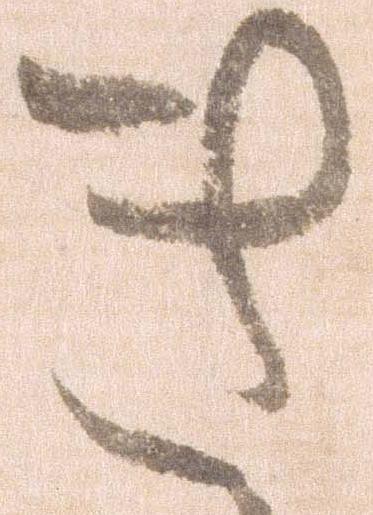
き